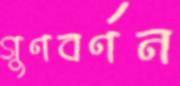
গুণবর্ণন